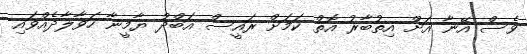
ވެސް އޭނާ އަށް އިތުބާރު އޮތް ކަމަށް ރައީސް އަބްދު ޔާމީނާ ހަވާލާދެއްވައި